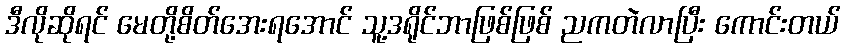
ဒီလိုဆိုရင် မေတို့စိတ်အေးရအောင် သူ့ဒရိုင်ဘာဖြစ်ဖြစ် ညကတဲလာပြီး ကောင်းတယ်